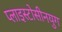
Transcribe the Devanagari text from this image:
प्लाइस्टोसीनयुग